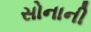
સોનાની